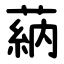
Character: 蒳